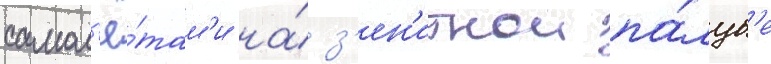
самол'ё́там'и на́ з'ен'итнои па́луб'е